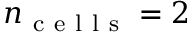
n _ { \mathrm { ~ c ~ e ~ l ~ l ~ s ~ } } = 2